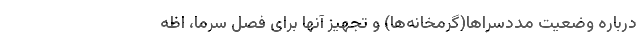
درباره وضعیت مددسراها(گرمخانه‌ها) و تجهیز آنها برای فصل سرما، اظه